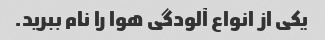
یکی از انواع آلودگی هوا را نام ببرید.